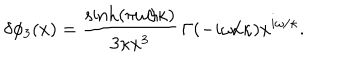
LaTeX: \delta \phi _ { 3 } ( x ) = \frac { \sinh ( \pi \omega / \kappa ) } { 3 \kappa x ^ { 3 } } \, \Gamma ( - i \omega / \kappa ) x ^ { i \omega / \kappa } .